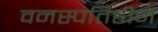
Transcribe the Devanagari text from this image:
वनस्‍पतिहीन